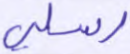
رسلي